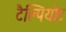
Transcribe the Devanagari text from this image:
टैल्पियोट